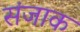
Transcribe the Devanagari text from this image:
संजाक